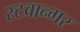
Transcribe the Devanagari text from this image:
स्टवान्गर